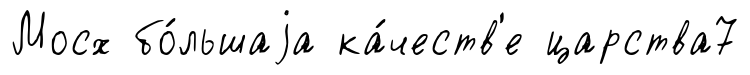
Мосх бо́льшаjа ка́честв'е царства7